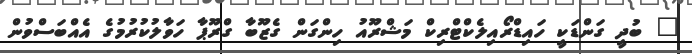
" ބުދީ ގަންޑަކީ ހައިޑްރޯއިލެކްޓްރިކް މަޝްރޫއު ހިންގަން ގެޒޫބާ ގްރޫޕާ ހަވާލުކުރުމުގެ އެއްބަސްވުން